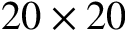
2 0 \times 2 0